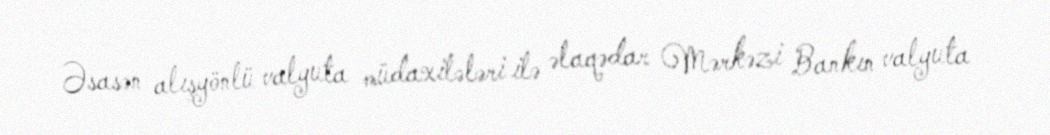
Əsasən alışyönlü valyuta müdaxilələri ilə əlaqədar Mərkəzi Bankın valyuta